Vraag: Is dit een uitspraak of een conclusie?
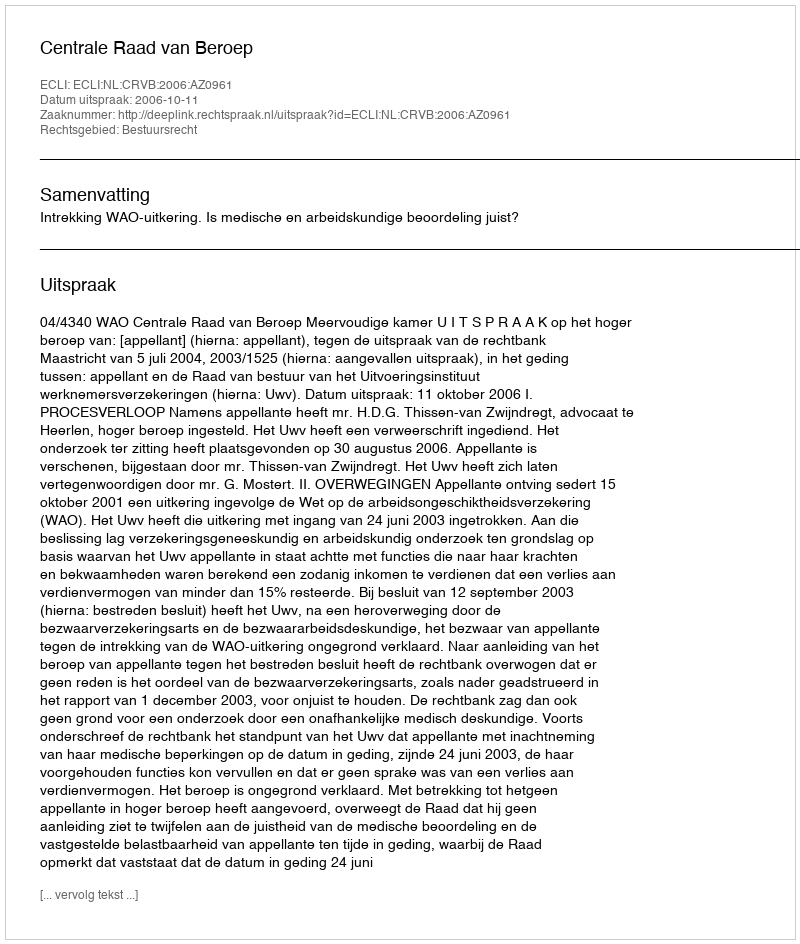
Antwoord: Uitspraak